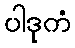
ပါဒုကံ